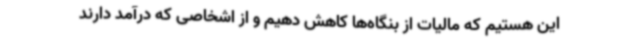
این هستیم که مالیات از بنگاه‌ها کاهش دهیم و از اشخاصی که درآمد دارند